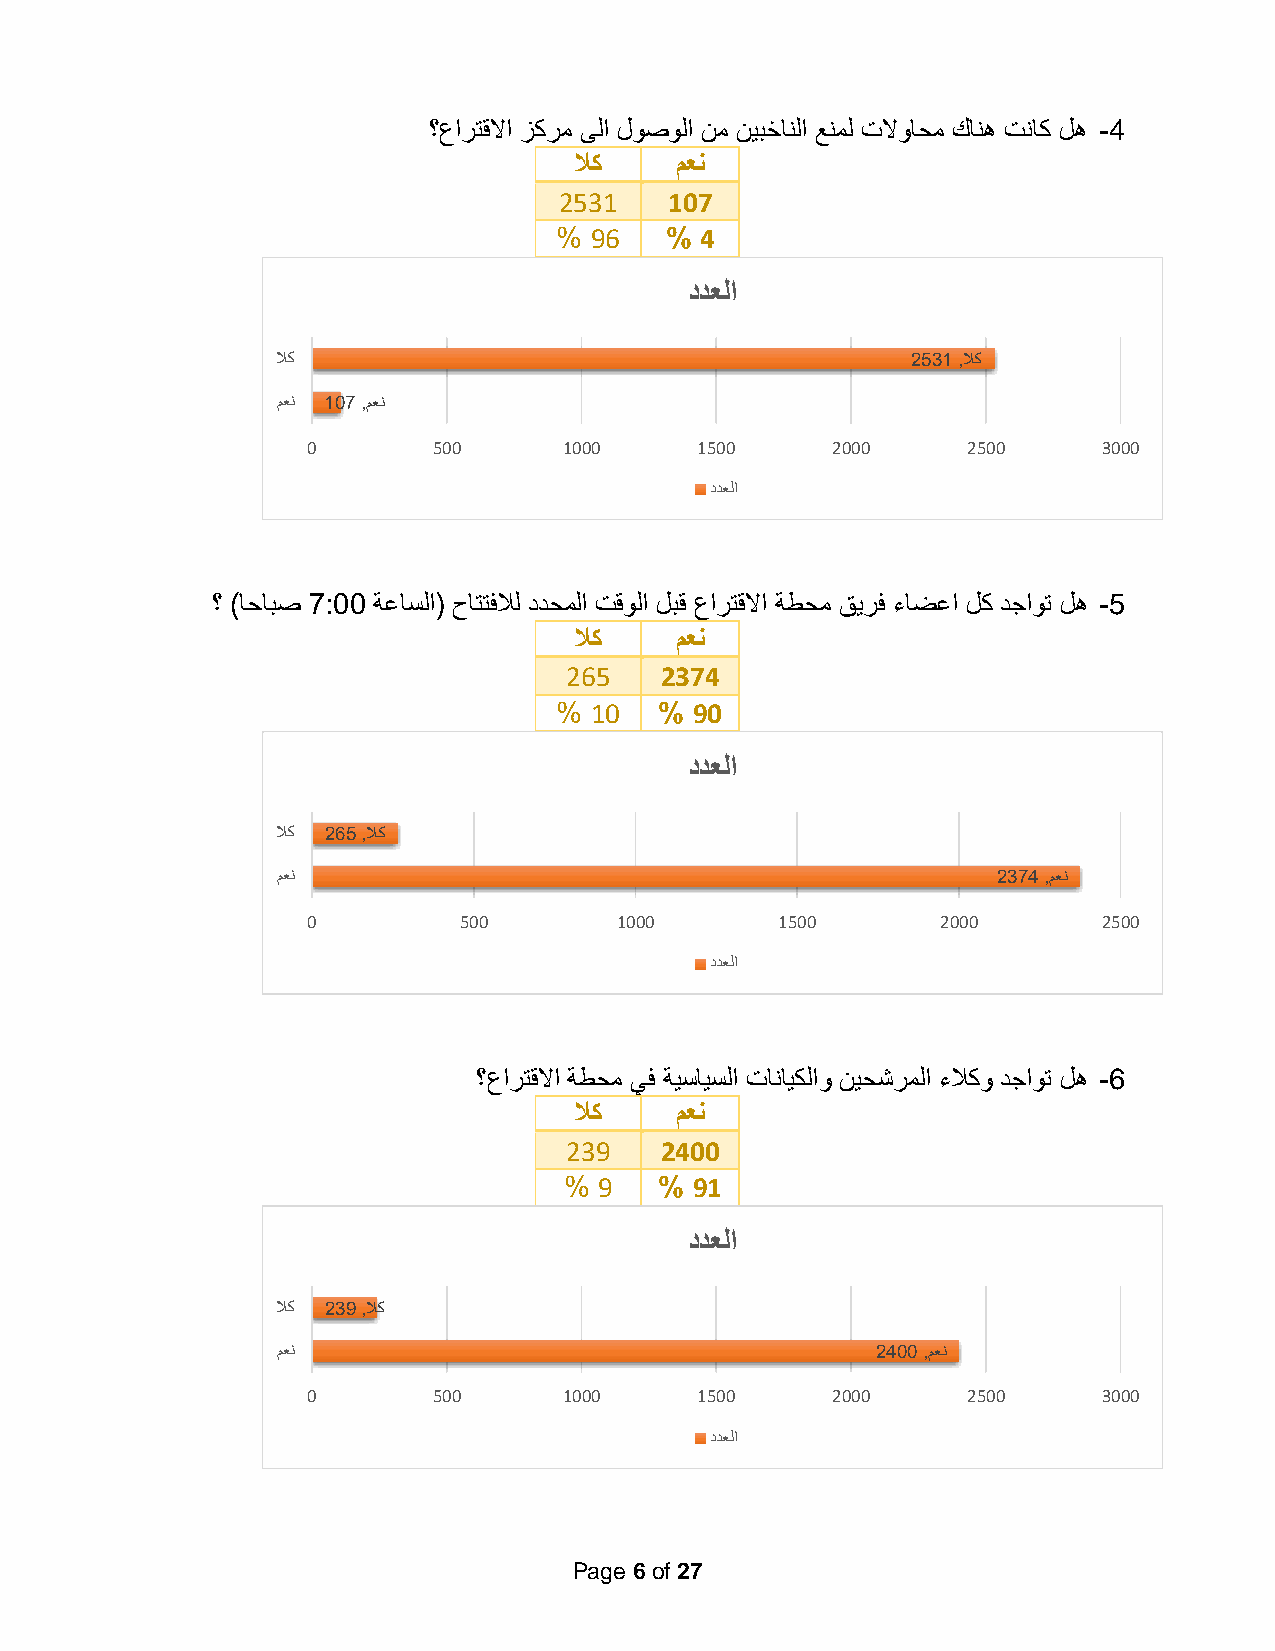
؟ عارتقلاا زكرم ىلا لوصولا نم نيبخانلا عنمل تلاواحم كانه تناك له -4
 لاك    معن
 2531   107
 % 96   % 4
 ددعلا
 لاك                                       2531 ,لاك
 معن 107 ,معن
 0        500     1000     1500     2000     2500     3000
 ددعلا
 ؟ )احابص 7:00 ةعاسلا( حاتتفلال ددحملا تقولا لبق عارتقلاا ةطحم قيرف ءاضعا لك دجاوت له -5
 لاك    معن
 265    2374
 % 10   % 90
 ددعلا
 لاك 265 ,لاك
 معن                                             2374 ,معن
 0         500        1000       1500      2000       2500
 ددعلا
 ؟ عارتقلاا ةطحم يف ةيسايسلا تانايكلاو نيحشرملا ءلاكو دجاوت له -6
 لاك    معن
 239    2400
 %  9   % 91
 ددعلا
 لاك 239 ,لاك
 معن                                     2400 ,معن
 0        500     1000     1500     2000     2500     3000
 ددعلا
 Page 6 of 27